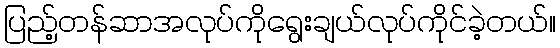
ပြည့်တန်ဆာအလုပ်ကိုရွေးချယ်လုပ်ကိုင်ခဲ့တယ်။